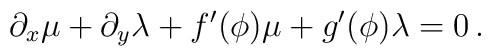
\partial_x\mu+\partial_y\lambda+f^\prime(\phi)\mu+g^\prime(\phi)\lambda=0\,.